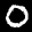
Label: 0